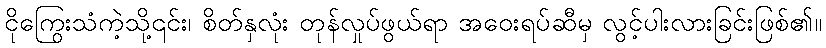
ငိုကြွေးသံကဲ့သို့၎င်း၊ စိတ်နှလုံး တုန်လှုပ်ဖွယ်ရာ အဝေးရပ်ဆီမှ လွင့်ပါးလားခြင်းဖြစ်၏။